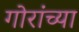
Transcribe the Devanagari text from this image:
गोरांच्या